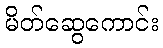
မိတ်ဆွေကောင်း